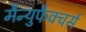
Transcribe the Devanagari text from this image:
मैन्युफैक्चर्स